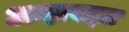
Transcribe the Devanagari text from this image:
अम्हाबद्दल